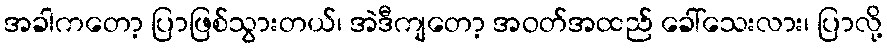
အခါကတော့ ပြာဖြစ်သွားတယ်၊ အဲဒီကျတော့ အဝတ်အထည် ခေါ်သေးလား၊ ပြာလို့